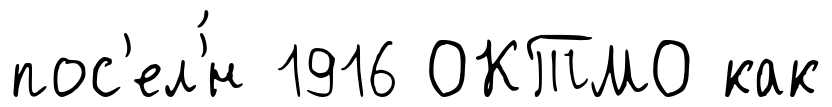
пос'ел'́н 1916 ОКТМО как